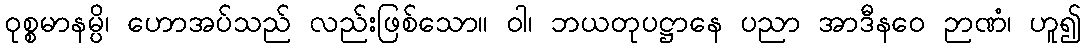
ဝုစ္စမာနမ္ပိ၊ ဟောအပ်သည် လည်းဖြစ်သော။ ဝါ၊ ဘယတုပဋ္ဌာနေ ပညာ အာဒီနဝေ ဉာဏံ၊ ဟူ၍